Vaccination Hyderabad 1890-1903 - 1890-1903
Year: 1890
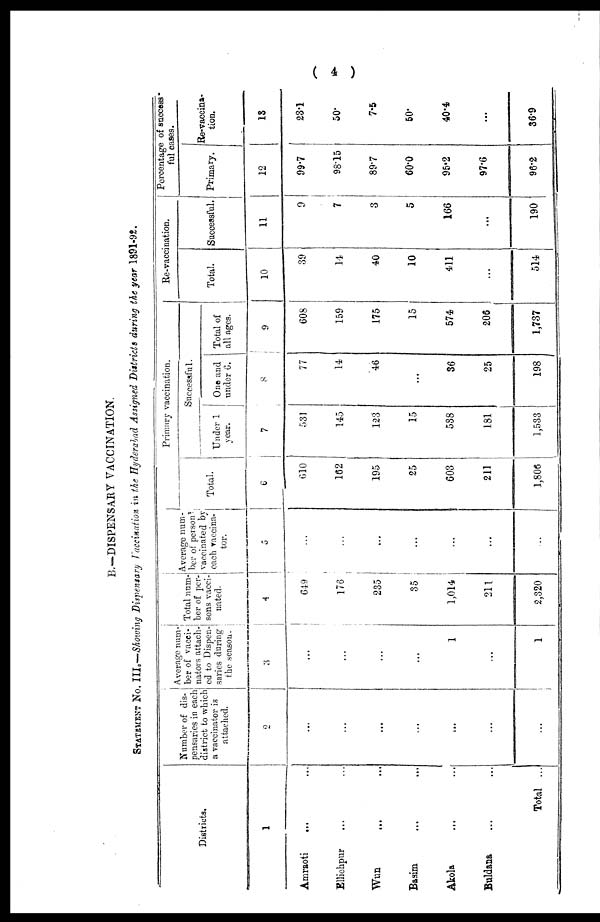
( 4 )
B.—DISPENSARY VACCINATION.
STATEMENT No. III.—Showing Dispensary Vaccination in the Hyderabad Assigned Districts during the year 1891-92.
Districts.
1
Amraoti
... ...
Ellichpur ... ...
Wun ... ...
Basim ... ...
Akola ... ...
Buldana ... ...
Total ...
Number of dis-
pensaries in each
district to which
a vaccinator is
attached.
2
...
...
...
...
...
...
...
Average num-
ber of vacci-
nators attach-
ed to Dispen-
saries during
the season.
3
...
...
...
...
1
...
1
Total num-
ber of per¬
sons vacci-
nated.
4
649
176
235
35
1,014
211
2,320
Average num-
ber of person
vaccinated by
each vaccina-
tor.
5
...
...
...
...
...
...
...
Primary vaccination.
Total.
6
610
162
195
25
603
211
1,806
Successful.
Under 1
year.
7
531
145
123
15
538
181
1,533
One and
under 6.
8
77
14
46
...
36
25
198
Total of
all ages.
9
608
159
175
15
574
206
1,737
Re-vaccination.
Total.
10
39
14
40
10
411
...
514
Successful.
11
9
7
3
5
166
...
190
Percentage of success¬
ful cases.
Primary.
12
99.7
98.15
89.7
60.0
95.2
97.6
96.2
Re-vaccina-
tion.
13
23.1
50.
7.5
50.
40.4
...
36.9